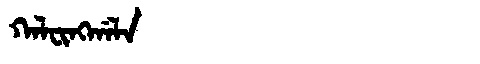
Manchu: ᡴᠠᠯᠸᡳᠩᡤᠠᠯᠠ
Romanization: KALFINGGALA